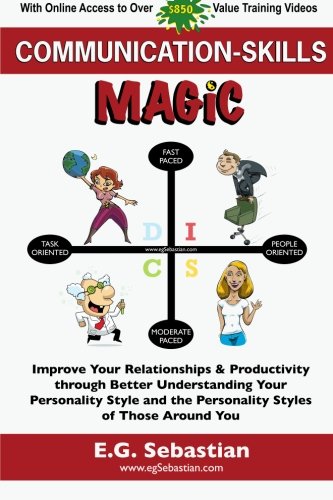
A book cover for Communication Skills Magic: Improve Your Relationships & Productivity through Better Understanding Your Personality Style and the Personality Styles of Those Around You; E.G. Sebastian; Self-Help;